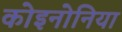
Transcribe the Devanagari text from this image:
कोइनोनिया